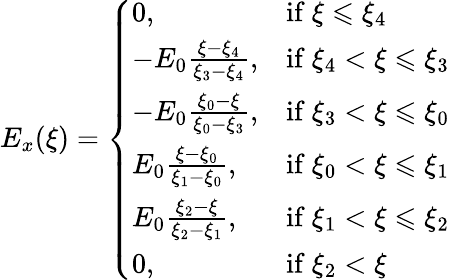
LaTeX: \begin{array}{r}{E_{x}(\xi)=\left\{ \begin{array}{ll}{0,}&{\mathrm{if~}\xi\leqslant\xi_{4}}\\ {-E_{0}\frac{\xi-\xi_{4}}{\xi_{3}-\xi_{4}},}&{\mathrm{if~}\xi_{4}<\xi\leqslant\xi_{3}}\\ {-E_{0}\frac{\xi_{0}-\xi}{\xi_{0}-\xi_{3}},}&{\mathrm{if~}\xi_{3}<\xi\leqslant\xi_{0}}\\ {E_{0}\frac{\xi-\xi_{0}}{\xi_{1}-\xi_{0}},}&{\mathrm{if~}\xi_{0}<\xi\leqslant\xi_{1}}\\ {E_{0}\frac{\xi_{2}-\xi}{\xi_{2}-\xi_{1}},}&{\mathrm{if~}\xi_{1}<\xi\leqslant\xi_{2}}\\ {0,}&{\mathrm{if~}\xi_{2}<\xi}\end{array}\right.}\end{array}